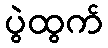
ပွဲထွက်